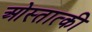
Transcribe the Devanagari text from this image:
ओस्तात्की